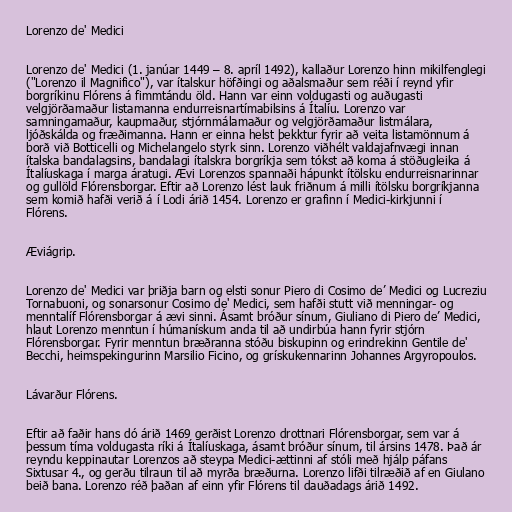
Lorenzo de' Medici

Lorenzo de' Medici (1. janúar 1449 – 8. apríl 1492), kallaður Lorenzo hinn mikilfenglegi
("Lorenzo il Magnifico"), var ítalskur höfðingi og aðalsmaður sem réði í reynd yfir
borgríkinu Flórens á fimmtándu öld. Hann var einn voldugasti og auðugasti
velgjörðamaður listamanna endurreisnartímabilsins á Ítalíu. Lorenzo var
samningamaður, kaupmaður, stjórnmálamaður og velgjörðamaður listmálara,
ljóðskálda og fræðimanna. Hann er einna helst þekktur fyrir að veita listamönnum á
borð við Botticelli og Michelangelo styrk sinn. Lorenzo viðhélt valdajafnvægi innan
ítalska bandalagsins, bandalagi ítalskra borgríkja sem tókst að koma á stöðugleika á
Ítalíuskaga í marga áratugi. Ævi Lorenzos spannaði hápunkt ítölsku endurreisnarinnar
og gullöld Flórensborgar. Eftir að Lorenzo lést lauk friðnum á milli ítölsku borgríkjanna
sem komið hafði verið á í Lodi árið 1454. Lorenzo er grafinn í Medici-kirkjunni í
Flórens.

Æviágrip.

Lorenzo de' Medici var þriðja barn og elsti sonur Piero di Cosimo de’ Medici og Lucreziu
Tornabuoni, og sonarsonur Cosimo de' Medici, sem hafði stutt við menningar- og
menntalíf Flórensborgar á ævi sinni. Ásamt bróður sínum, Giuliano di Piero de’ Medici,
hlaut Lorenzo menntun í húmanískum anda til að undirbúa hann fyrir stjórn
Flórensborgar. Fyrir menntun bræðranna stóðu biskupinn og erindrekinn Gentile de'
Becchi, heimspekingurinn Marsilio Ficino, og grískukennarinn Johannes Argyropoulos.

Lávarður Flórens.

Eftir að faðir hans dó árið 1469 gerðist Lorenzo drottnari Flórensborgar, sem var á
þessum tíma voldugasta ríki á Ítalíuskaga, ásamt bróður sínum, til ársins 1478. Það ár
reyndu keppinautar Lorenzos að steypa Medici-ættinni af stóli með hjálp páfans
Sixtusar 4., og gerðu tilraun til að myrða bræðurna. Lorenzo lifði tilræðið af en Giulano
beið bana. Lorenzo réð þaðan af einn yfir Flórens til dauðadags árið 1492.